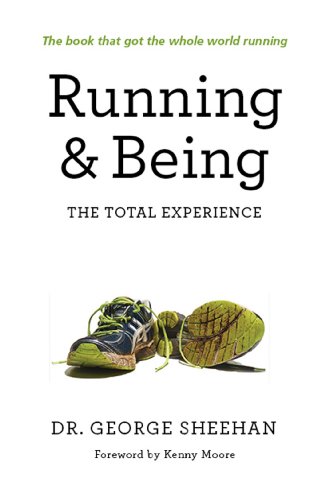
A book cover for Running & Being: The Total Experience; George Sheehan; Health, Fitness & Dieting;